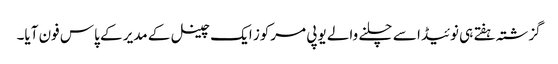
گزشتہ ہفتے ہی نوئیڈا سے چلنے والے یوپی مرکوز ایک چینل کے مدیر کے پاس فون آیا۔